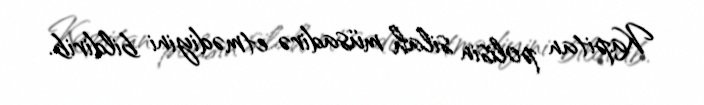
Kapitan polisin silah müsadirə etmədiyini bildirib.